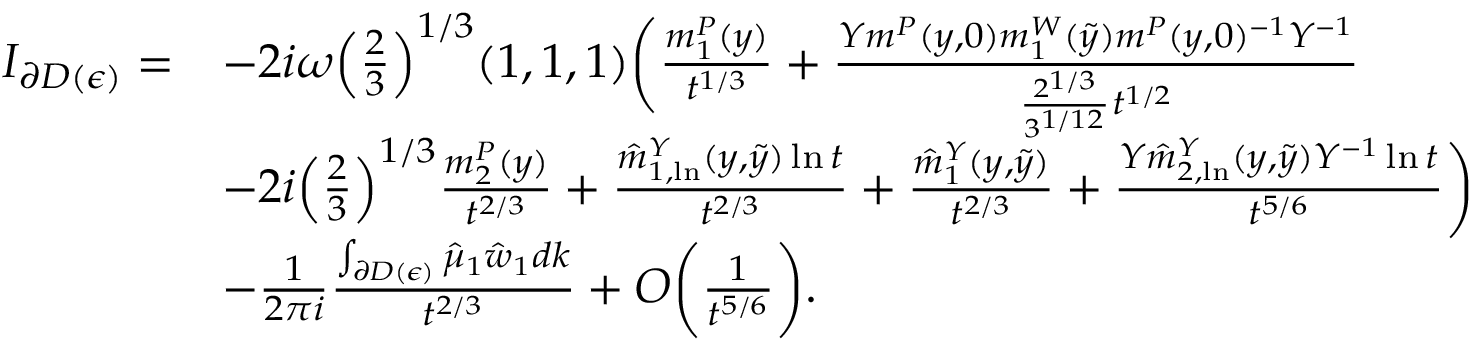
\begin{array} { r l } { I _ { \partial D ( \epsilon ) } = } & { - 2 i \omega \Big ( \frac { 2 } { 3 } \Big ) ^ { 1 / 3 } ( 1 , 1 , 1 ) \bigg ( \frac { m _ { 1 } ^ { P } ( y ) } { t ^ { 1 / 3 } } + \frac { Y m ^ { P } ( y , 0 ) m _ { 1 } ^ { W } ( \tilde { y } ) m ^ { P } ( y , 0 ) ^ { - 1 } Y ^ { - 1 } } { \frac { 2 ^ { 1 / 3 } } { 3 ^ { 1 / 1 2 } } t ^ { 1 / 2 } } } \\ & { - 2 i \Big ( \frac { 2 } { 3 } \Big ) ^ { 1 / 3 } \frac { m _ { 2 } ^ { P } ( y ) } { t ^ { 2 / 3 } } + \frac { \hat { m } _ { 1 , \ln } ^ { Y } ( y , \tilde { y } ) \ln t } { t ^ { 2 / 3 } } + \frac { \hat { m } _ { 1 } ^ { Y } ( y , \tilde { y } ) } { t ^ { 2 / 3 } } + \frac { Y \hat { m } _ { 2 , \ln } ^ { Y } ( y , \tilde { y } ) Y ^ { - 1 } \ln t } { t ^ { 5 / 6 } } \bigg ) } \\ & { - \frac { 1 } { 2 \pi i } \frac { \int _ { \partial D ( \epsilon ) } \hat { \mu } _ { 1 } \hat { w } _ { 1 } d k } { t ^ { 2 / 3 } } + O \bigg ( \frac { 1 } { t ^ { 5 / 6 } } \bigg ) . } \end{array}